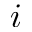
i